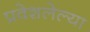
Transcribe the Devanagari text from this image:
प्रवेशलेल्या